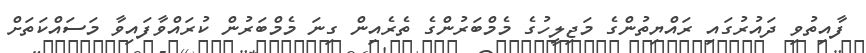
ފާއިތުވި ދައުރުގައި ރައްޔިތުންގެ މަޖިލީހުގެ މެމްބަރުންގެ ތެރެއިން ގިނަ މެމްބަރުން ކުރައްވާފައިވާ މަސައްކަތަށް